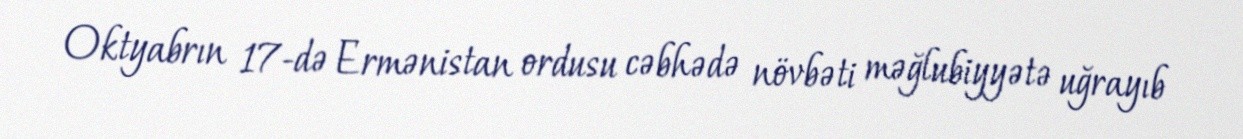
Oktyabrın 17-də Ermənistan ordusu cəbhədə növbəti məğlubiyyətə uğrayıb